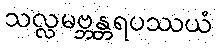
သလ္လမဗ္ဘန္တရပဿယံ